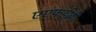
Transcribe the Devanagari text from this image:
एएफडीबी